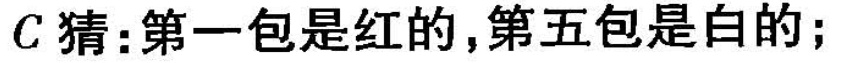
C猜：第一包是红的，第五包是白的；